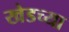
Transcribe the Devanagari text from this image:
खेडच्या